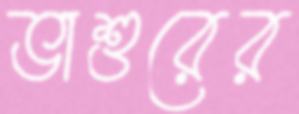
ভাশুরের